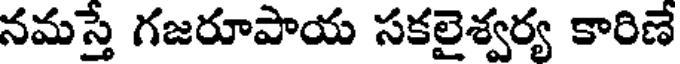
నమస్తే గజరూపాయ సకలైశ్వర్య కారిణే